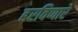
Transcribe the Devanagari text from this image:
हरविणारे